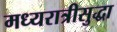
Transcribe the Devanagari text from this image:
मध्यरात्रीसुद्धा